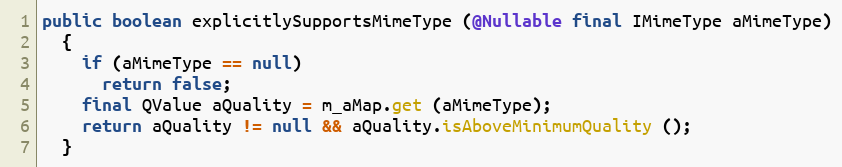
Language: Java
public boolean explicitlySupportsMimeType (@Nullable final IMimeType aMimeType)
  {
    if (aMimeType == null)
      return false;
    final QValue aQuality = m_aMap.get (aMimeType);
    return aQuality != null && aQuality.isAboveMinimumQuality ();
  }